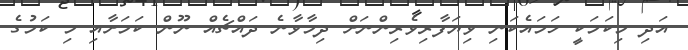
އަދި މިކަމަކީ ހަމައެކަނި ވިޔަފާރިވެރިންނަށް ދިމާވާނެ ދައްޗެއް ނޫން ކަމަށާއި މި ކަމުގެ